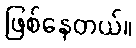
ဖြစ်နေတယ်။